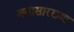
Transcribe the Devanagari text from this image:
जवासारख्या